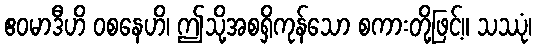
ဧဝမာဒီဟိ ဝစနေဟိ၊ ဤသို့အစရှိကုန်သော စကားတို့ဖြင့်။ သဿုံ၊